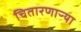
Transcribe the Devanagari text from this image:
चितारणाऱ्या